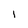
Character: 1